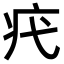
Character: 𤴵